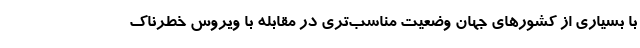
با بسیاری از کشورهای جهان وضعیت مناسب‌تری در مقابله با ویروس خطرناک